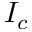
I _ { c }